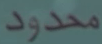
محدود